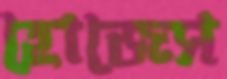
হোজেস